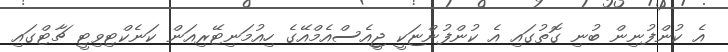
އެ ކުންފުނިން ބުނި ގޮތުގައި އެ ކުންފުންޏަކީ ޖީއެސްއެމްއޭގެ ހިއުމަނިޓޭރިއަން ކަނެކްޓިވިޓީ ޗާޓްގައި